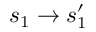
s _ { 1 } \rightarrow s _ { 1 } ^ { \prime }